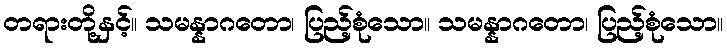
တရားတို့နှင့်။ သမန္နာဂတော၊ ပြည့်စုံသော။ သမန္နာဂတော၊ ပြည့်စုံသော။